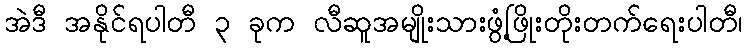
အဲဒီ အနိုင်ရပါတီ ၃ ခုက လီဆူအမျိုးသားဖွံ့ဖြိုးတိုးတက်ရေးပါတီ၊